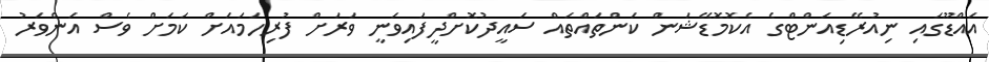
އައްޑޫގައި ނިއުރޭޑިއަންޓްގެ އެކޮމޮޑޭޝަން ކަންތައްތައް ސައީދުކޮށްދީފައިވަނީ ވަރަށް ފުރިހަމައަށް ކަމަށް ވެސް އަންވަރު